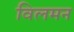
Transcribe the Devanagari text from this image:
विलमन